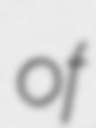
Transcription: of